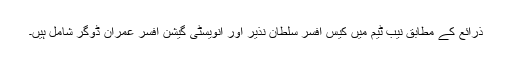
ذرائع کے مطابق نیب ٹیم میں کیس افسر سلطان نذیر اور انویسٹی گیشن افسر عمران ڈوگر شامل ہیں۔